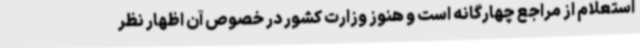
استعلام از مراجع چهارگانه است و هنوز وزارت کشور در خصوص آن اظهار نظر